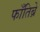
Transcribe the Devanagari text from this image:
फाँतिब्रे